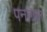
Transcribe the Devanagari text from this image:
पनागल